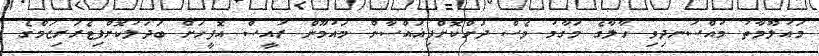
މައުލޫމާތު މުއްސަނދިވި ހާލާގެ މަގާމު ވެސް ދަށްކޮށްފިޣައްސާން މައުމޫން ރައީސް އޮފީހަށް ބަދަލުކޮށްފިޓެރަރިޒަމްގެ